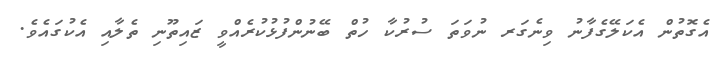
އެގޮތުން އެކަލޭގެފާނު ވިނެގަރ ނުވަތަ ސުރުކާ ހުތް ބޭނުންފުޅުކުރެއްވީ ޒައިތޫނި ތެލާއި އެކުގައެވެ.